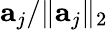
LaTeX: \mathbf{a}_{j}/\lVert\mathbf{a}_{j}\rVert_{2}